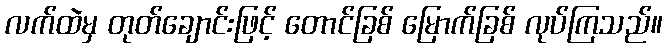
လက်ထဲမှ တုတ်ချောင်းဖြင့် တောင်ခြစ် မြောက်ခြစ် လုပ်ကြသည်။